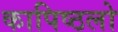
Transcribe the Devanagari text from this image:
कापिष्ठलो